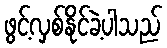
ဖွင့်လှစ်နိုင်ခဲ့ပါသည်